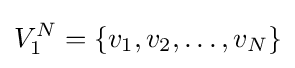
V_{1}^{N}=\{v_{1},v_{2},\dots ,v_{N}\}